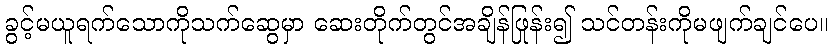
ခွင့်မယူရက်သောကိုသက်ဆွေမှာ ဆေးတိုက်တွင်အချိန်ဖြုန်း၍ သင်တန်းကိုမဖျက်ချင်ပေ။